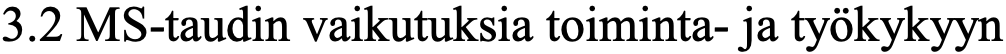
3.2 MS-taudin vaikutuksia toiminta- ja työkykyyn